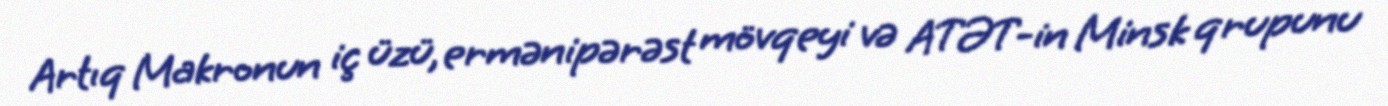
Artıq Makronun iç üzü, ermənipərəst mövqeyi və ATƏT-in Minsk qrupunu